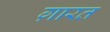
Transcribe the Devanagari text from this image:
ग़ारत